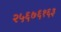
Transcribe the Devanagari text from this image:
२५६७६१६३